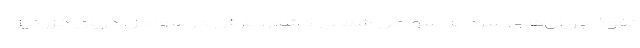
نفوذ جریان‌های سرد به سواحل شمالی کشور، بارش در سواحل دریای خزر نیز